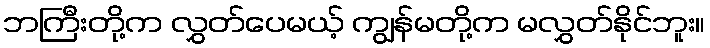
ဘကြီးတို့က လွှတ်ပေမယ့် ကျွန်မတို့က မလွှတ်နိုင်ဘူး။